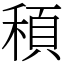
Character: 䅡